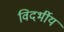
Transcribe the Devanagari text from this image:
विदर्भीय